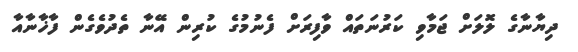
ދިޔާނާގެ ލޮލަށް ޖަމާވި ކަރުނަތައް ވާފިރަށް ފެނުމުގެ ކުރިން އޭނާ ތެދުވެގެން ފާޚާނާއާ